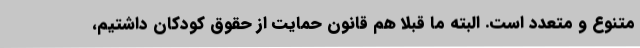
متنوع و متعدد است. البته ما قبلا هم قانون حمایت از حقوق کودکان داشتیم،